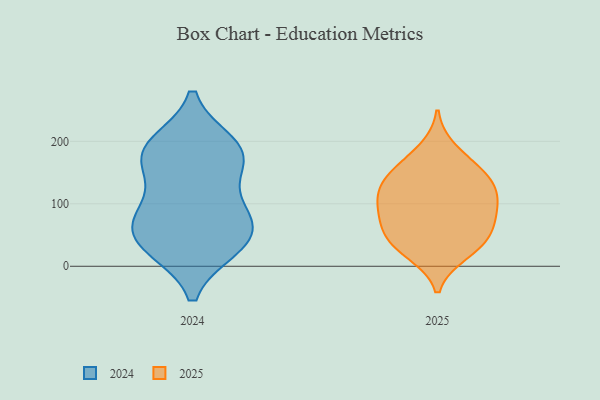
{"axis": {"x": "Active Users", "y": "Value"}, "legend": ["2024", "2025"], "data": [{"x": "", "y": 73, "type": "2025"}, {"x": "", "y": 46, "type": "2025"}, {"x": "", "y": 24, "type": "2025"}, {"x": "", "y": 80, "type": "2025"}, {"x": "", "y": 125, "type": "2025"}, {"x": "", "y": 149, "type": "2025"}, {"x": "", "y": 43, "type": "2025"}, {"x": "", "y": 56, "type": "2025"}, {"x": "", "y": 157, "type": "2025"}, {"x": "", "y": 188, "type": "2025"}, {"x": "", "y": 148, "type": "2025"}, {"x": "", "y": 92, "type": "2025"}, {"x": "", "y": 121, "type": "2025"}, {"x": "", "y": 20, "type": "2025"}, {"x": "", "y": 114, "type": "2025"}, {"x": "", "y": 102, "type": "2025"}, {"x": "", "y": 41, "type": "2024"}, {"x": "", "y": 84, "type": "2024"}, {"x": "", "y": 195, "type": "2024"}, {"x": "", "y": 82, "type": "2024"}, {"x": "", "y": 53, "type": "2024"}, {"x": "", "y": 30, "type": "2024"}, {"x": "", "y": 92, "type": "2024"}, {"x": "", "y": 190, "type": "2024"}, {"x": "", "y": 164, "type": "2024"}, {"x": "", "y": 166, "type": "2024"}, {"x": "", "y": 30, "type": "2024"}, {"x": "", "y": 182, "type": "2024"}]}